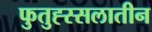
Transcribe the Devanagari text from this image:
फुतुह्स्सलातीन